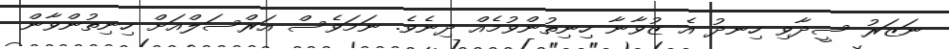
ނަޒަރު ސީދާވި ހިނދު އެ ޒުވާނާ ހިނިތުންވުމެއް ދިނެވެ. ނަމަވެސް އަރްސަލްއަށް ހިނިތުންވާން